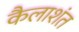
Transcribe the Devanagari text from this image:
कैलाशंत